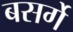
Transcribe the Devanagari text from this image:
बसर्गे